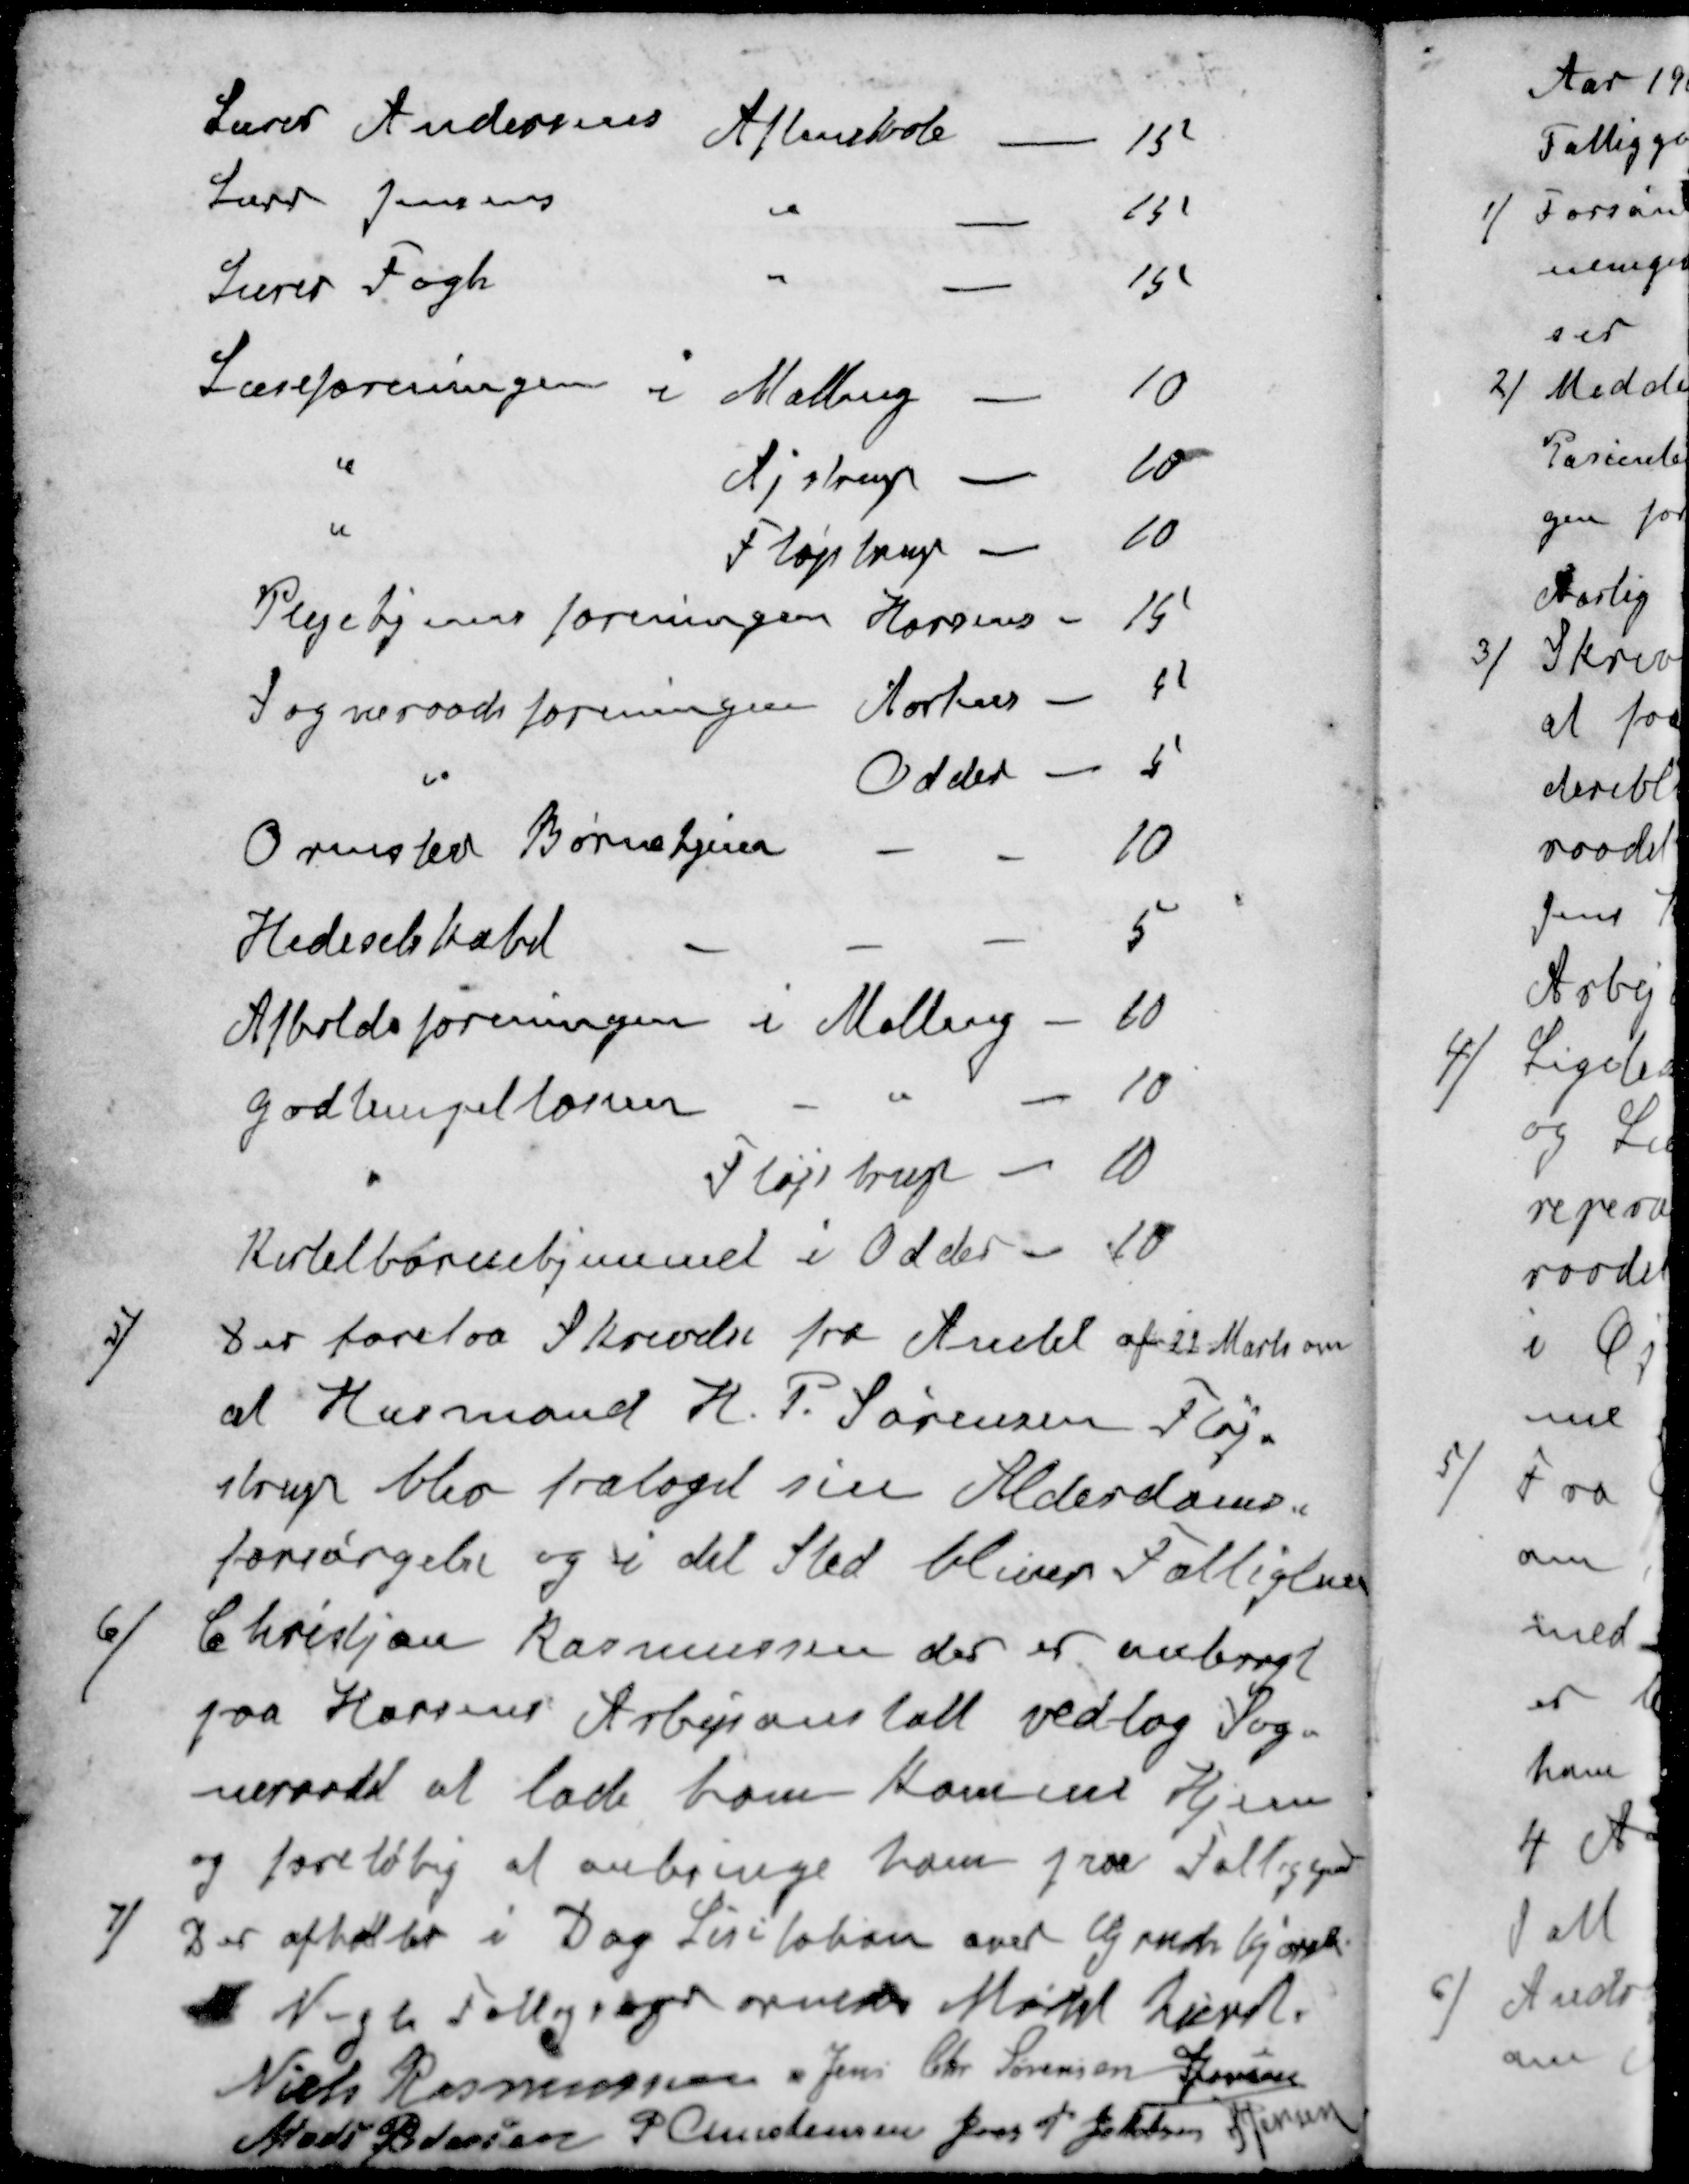
Transskription:
Lærer Andersens Aftenskole
15
Lærer Jensens
"
15
Lærer Fogh
"
15
Læseforeningen i Malling
10
"
Ajstrup
10
"
Fløjstrup
10
Plejehjemsforeningen Horsens
15
Sogneraadsforeningen Aarhus
5
"
Odder
5
Ormsted Børnehjem
10
Hedeselskabet
5
Afholdsforeningen i Malling
10
Godtempellornen
"
10
"
Fløjstrup
10
Kirtelbørnehjemmet i Odder
10
5/ Der forelaa Skrivelse fra Amtet af 22 Marts om
at Husmand H. P. Sørensen Fløj-
strup blev frataget sin Alderdoms-
forsørgelse og i det Sted bliver Fattiglem
6/ Christjan Rasmussen der er anbragt
paa Horsens Arbejsanstalt vedtog Sog-
neraadet at lade ham komme Hjem
og foreløbig at anbringe ham paa Fattiggaarden
7/ Der afholder i Dag Lisitation over Gruds Kjørsel
 Nogle Fattigsager ornedes Mødet hævet.
Niels Rasmussen
Jens Chr Sørensen
S Jensen
Mads Pedersen
P Christensen
Jens P Jakobsen
S Jensen